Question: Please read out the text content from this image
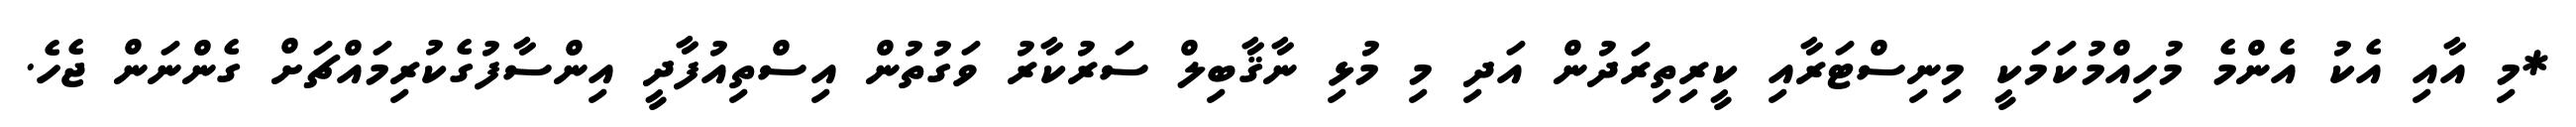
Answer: *މި އާއި އެކު އެންމެ މުހިއްމުކަމަކީ މިނިސްޓަރާއި ކީރިތިރަދުން އަދި މި މުޅި ނާޤާބިލް ސަރުކާރު ވަގުތުން އިސްތިއުފާދީ އިންސާފުގެކުރިމައްޗަށް ގެންނަން ޖެހެ.